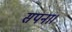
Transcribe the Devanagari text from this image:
सपना।